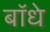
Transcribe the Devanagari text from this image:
बॉधे